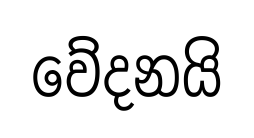
වේදනයි